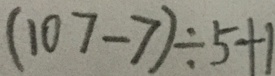
( 1 0 7 - 7 ) \div 5 + 1